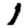
Digit: 1